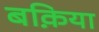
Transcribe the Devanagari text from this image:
बक़िया